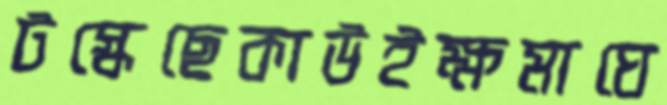
টস্‌কেছেকাউইক্ষমাঘে